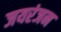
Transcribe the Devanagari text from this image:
जयरंजन